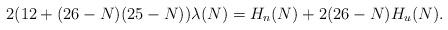
LaTeX: \begin{align*}2(12+(26-N)(25-N))\lambda(N)= H_n(N)+2(26-N) H_u(N). \end{align*}